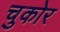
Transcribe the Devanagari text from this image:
चुकोर